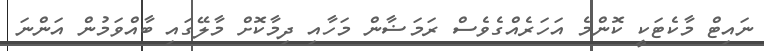
ނައިޓް މާކެޓަކީ ކޮންމެ އަހަރެއްގެވެސް ރަމަޟާން މަހާއި ދިމާކޮށް މާލޭގައި ބާއްވަމުން އަންނަ